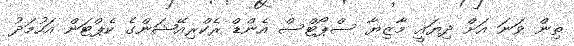
ތިން ވަނަ އަށް ދިޔައީ މާޒިޔާ ސްޕޯޓްސް އެންޑް ރެކްރިއޭޝަންގެ ކެޕްޓަން އަހުމަދު